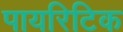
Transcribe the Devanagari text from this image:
पायरिटिक